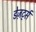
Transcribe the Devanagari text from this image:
डेज़र्ट्स